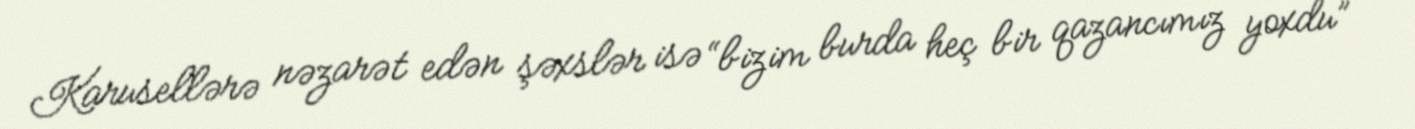
Karusellərə nəzarət edən şəxslər isə “bizim burda heç bir qazancımız yoxdu”